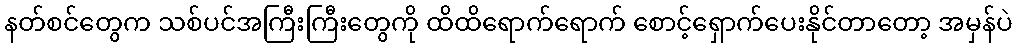
နတ်စင်တွေက သစ်ပင်အကြီးကြီးတွေကို ထိထိရောက်ရောက် စောင့်ရှောက်ပေးနိုင်တာတော့ အမှန်ပဲ